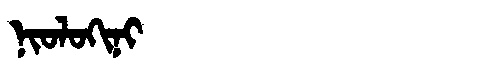
Manchu: ᠨᡳᠣᠯᠣᡴᡳᠨᡳ
Romanization: NIOLOKINI